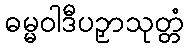
ဓမ္မဝါဒီပဉှာသုတ္တံ